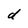
Character: d